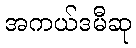
အကယ်ဒမီဆု